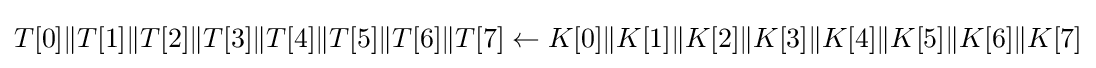
T[0]\|T[1]\|T[2]\|T[3]\|T[4]\|T[5]\|T[6]\|T[7]\leftarrow K[0]\|K[1]\|K[2]\|K[3]\|K[4]\|K[5]\|K[6]\|K[7]